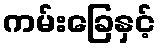
ကမ်းခြေနှင့်